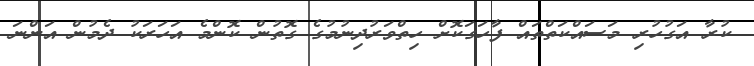
ކުރާ އަގުހުރި މަސައްކަތްތައް ފާހަގަކޮށް ހިތްވަރުދިނުމުގެ ގޮތުން ކޮންމެ އަހަރަކު ދެމުން އަންނަ